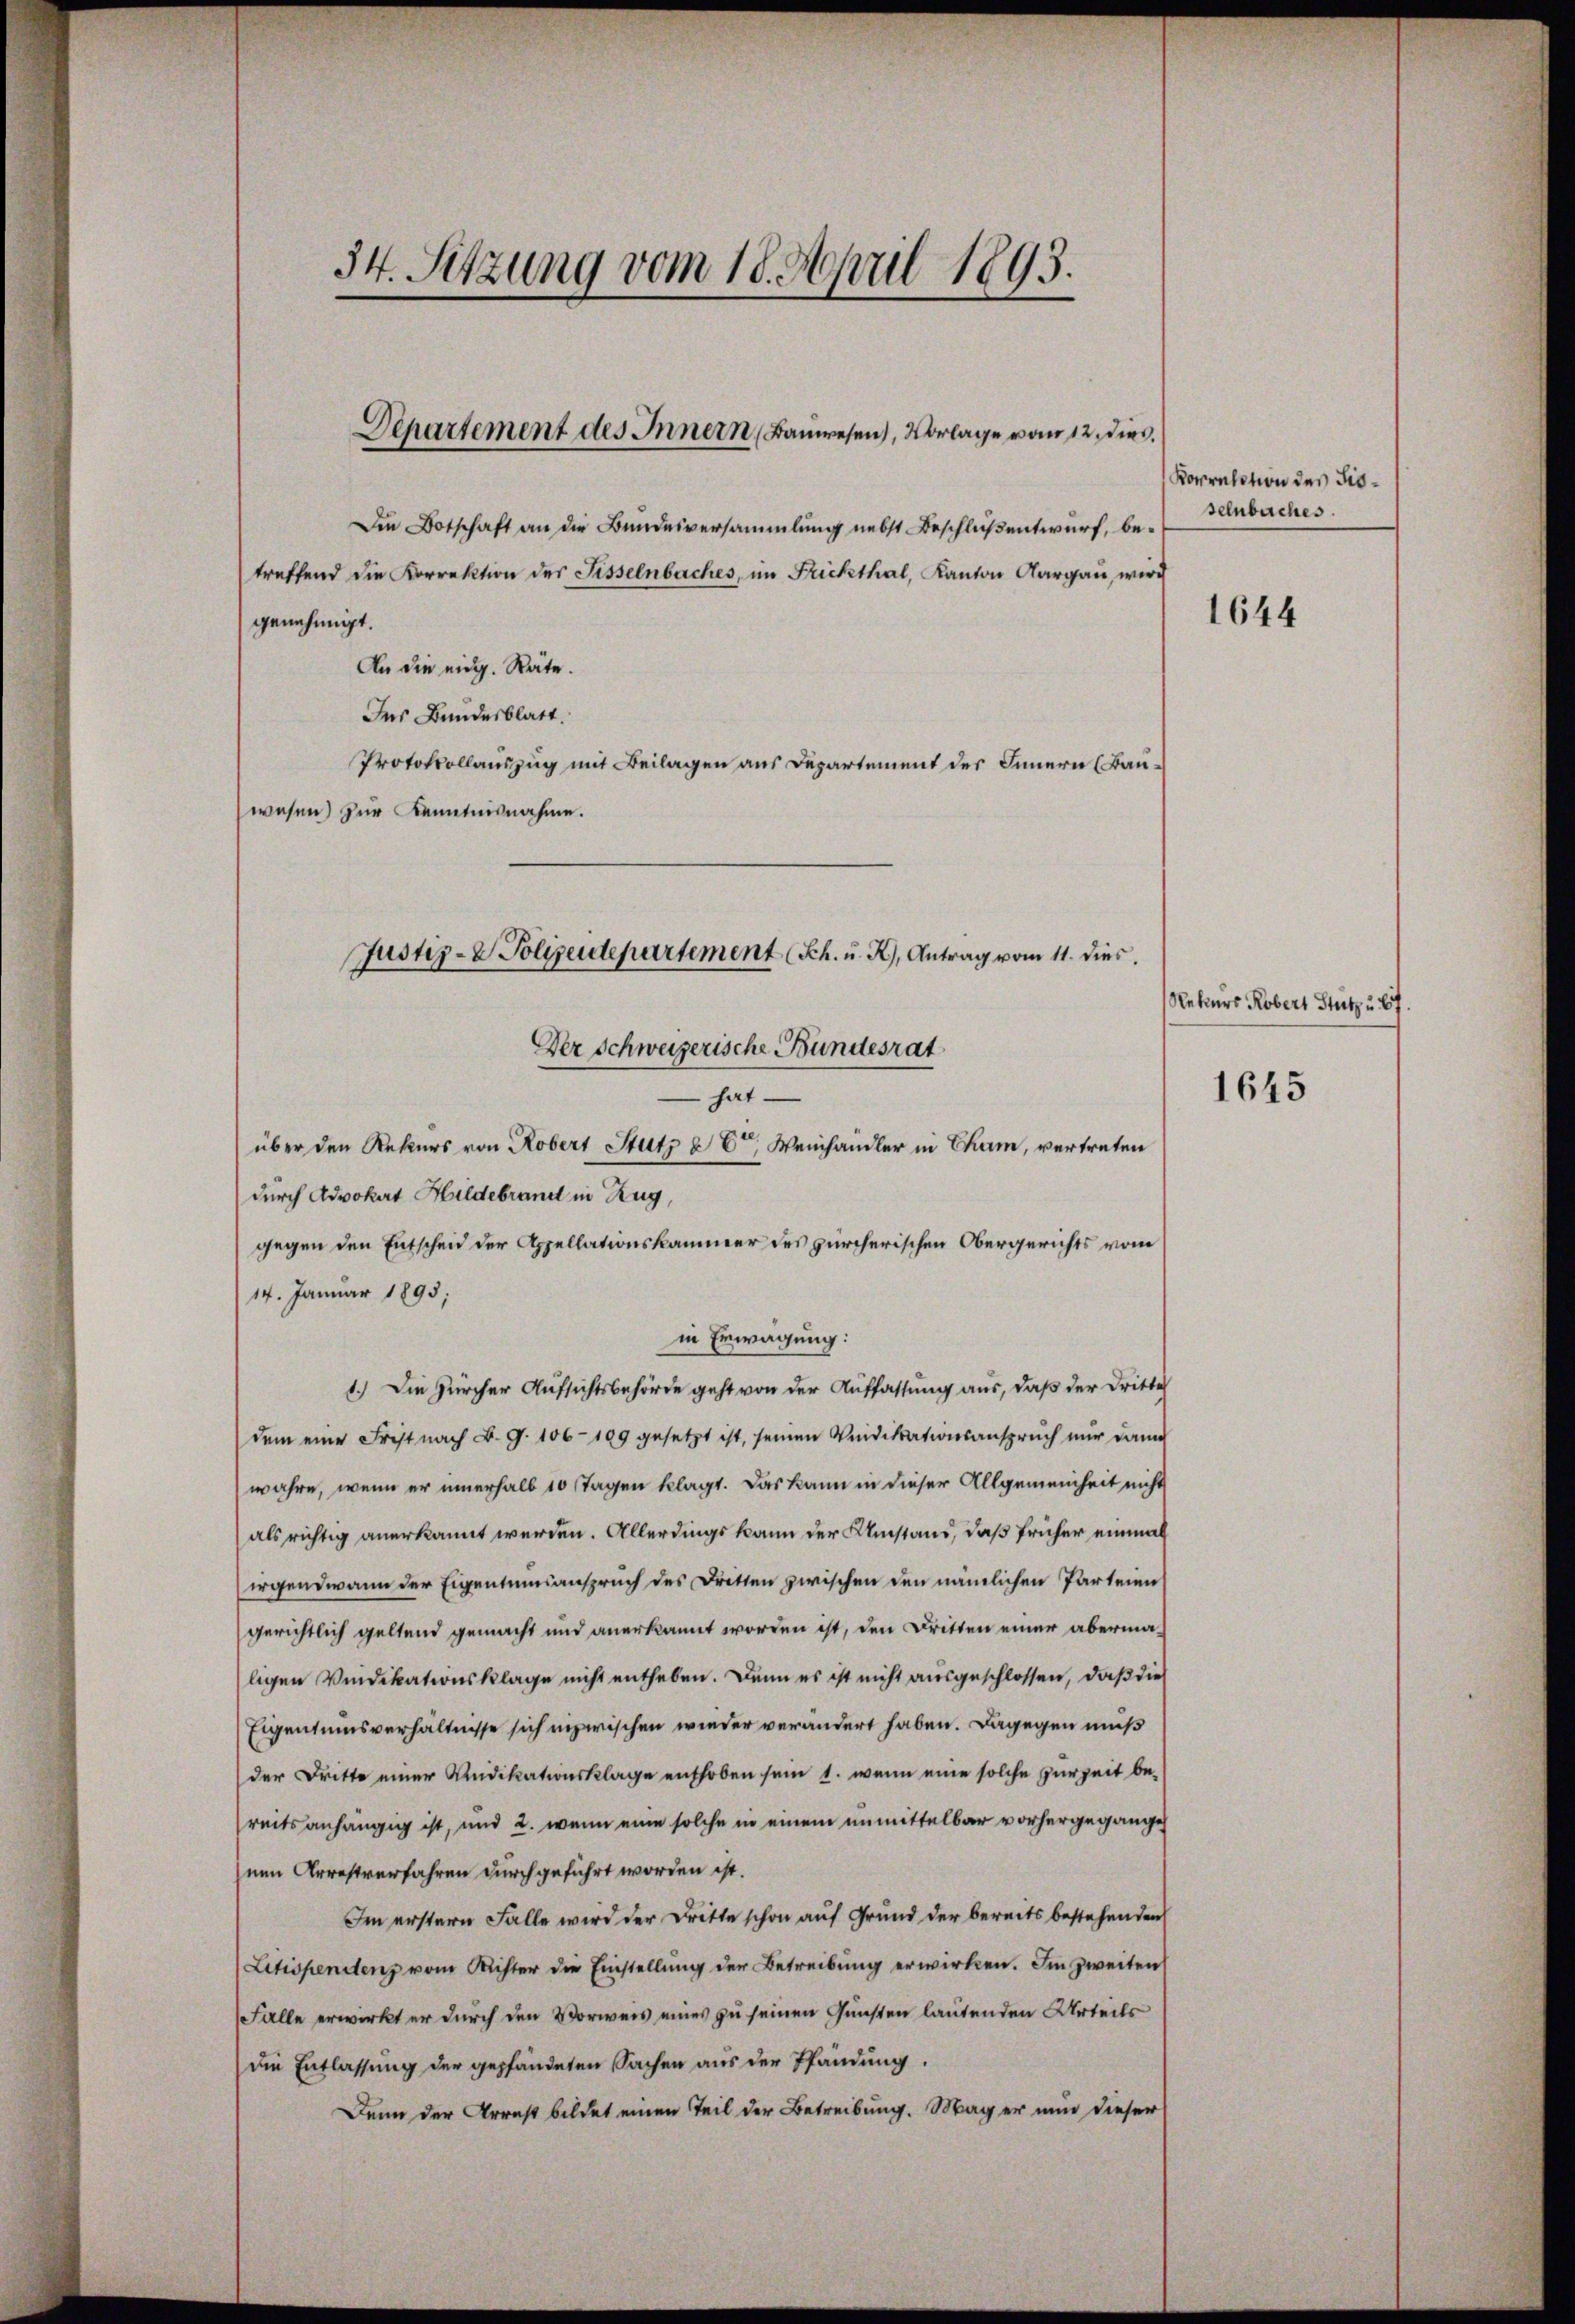
34. Sitzung vom 18. April 1893.

Departement des Innern Bauwesen, Vorlage vom 12. dies

Ins Bundesblatt.
Protokollauszug mit Beilagen aus Departement des Innern (Bauwesen) zur Kenntnisnahme.

Justiz- & Polizeidepartement (Sch. u. R., Antrag vom 11. dies
Der Schweizerische Bundesrat
 hat
über den Rekurs von Robert Stutz & Dr Weinhandler in Cham, vertreten

Die Botschaft an die Bundesversammlung nebst Beschluß entwurf, betreffend die Korrektion des Fissenbaches, im Frickthal, Kanton Aargau, wird
genehmigt.
An die eidg. Räte.

Korrektion des Fissenbaches.

durch Advokat Hildebrand in Zug,
gegen den Entscheid der Appellationskammer des zürcherischen Obergerichts vom
14. Januar 1895;
in Erwägung:
1.) Die Zürcher Aufsichtsbehörde geht von der Auffassung aus, daß der Dritte
dem eine Frist nach B. G. 106 - 109 gesetzt ist, seinen Vindikationsanspruch nur dann
wahre, wenn er innerhalb 10 Tagen klagt. Das kann in dieser Allgemeinheit nicht
als richtig anerkannt werden. Allerdings kann der Umstand, daß früher einmal
irgendwann der Eigentumsanspruch des Dritten zwischen den nämlichen Parteien
gerichtlich geltend gemacht und anerkannt worden ist, den Dritten einer abermaligen Verdikationsklage nicht entheben. Denn es ist nicht ausgeschlossen, daß die
Eigentumsverhältnisse sich inzwischen wieder verändert haben. Dagegen muß
der Dritte einer Windikationsklage enthoben sein 1. wenn eine solche zur Zeit bereits anhängig ist, und 2. wenn eine solche in einem unmittelbar vorhergegange
nen Arrestverfahren durchgeführt worden ist.
Im erstern Falle wird der Dritte schon auf Grund der bereits bestehenden
Litispendenz vom Richter die Einstellŭng der Betreibŭng erwirken. Im zweiten
Falle erwirkt er durch den Vorweis eines zu seinen Gunsten lautenden Urteils
die Entlassung der gepfändeten Sachen aus der Pfändung.
Denn der Arrest bildet einen Teil der Betreibung. Mag er nun dieser

1644

Rekurs Robert Stutz u. 67.
1645